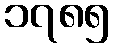
၁၇၈၅